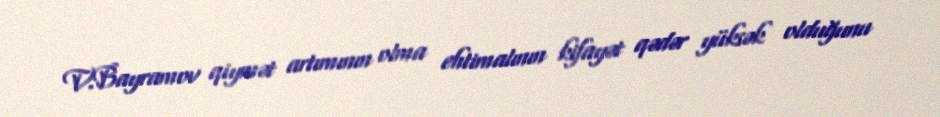
V.Bayramov qiymət artımının olma ehtimalının kifayət qədər yüksək olduğunu